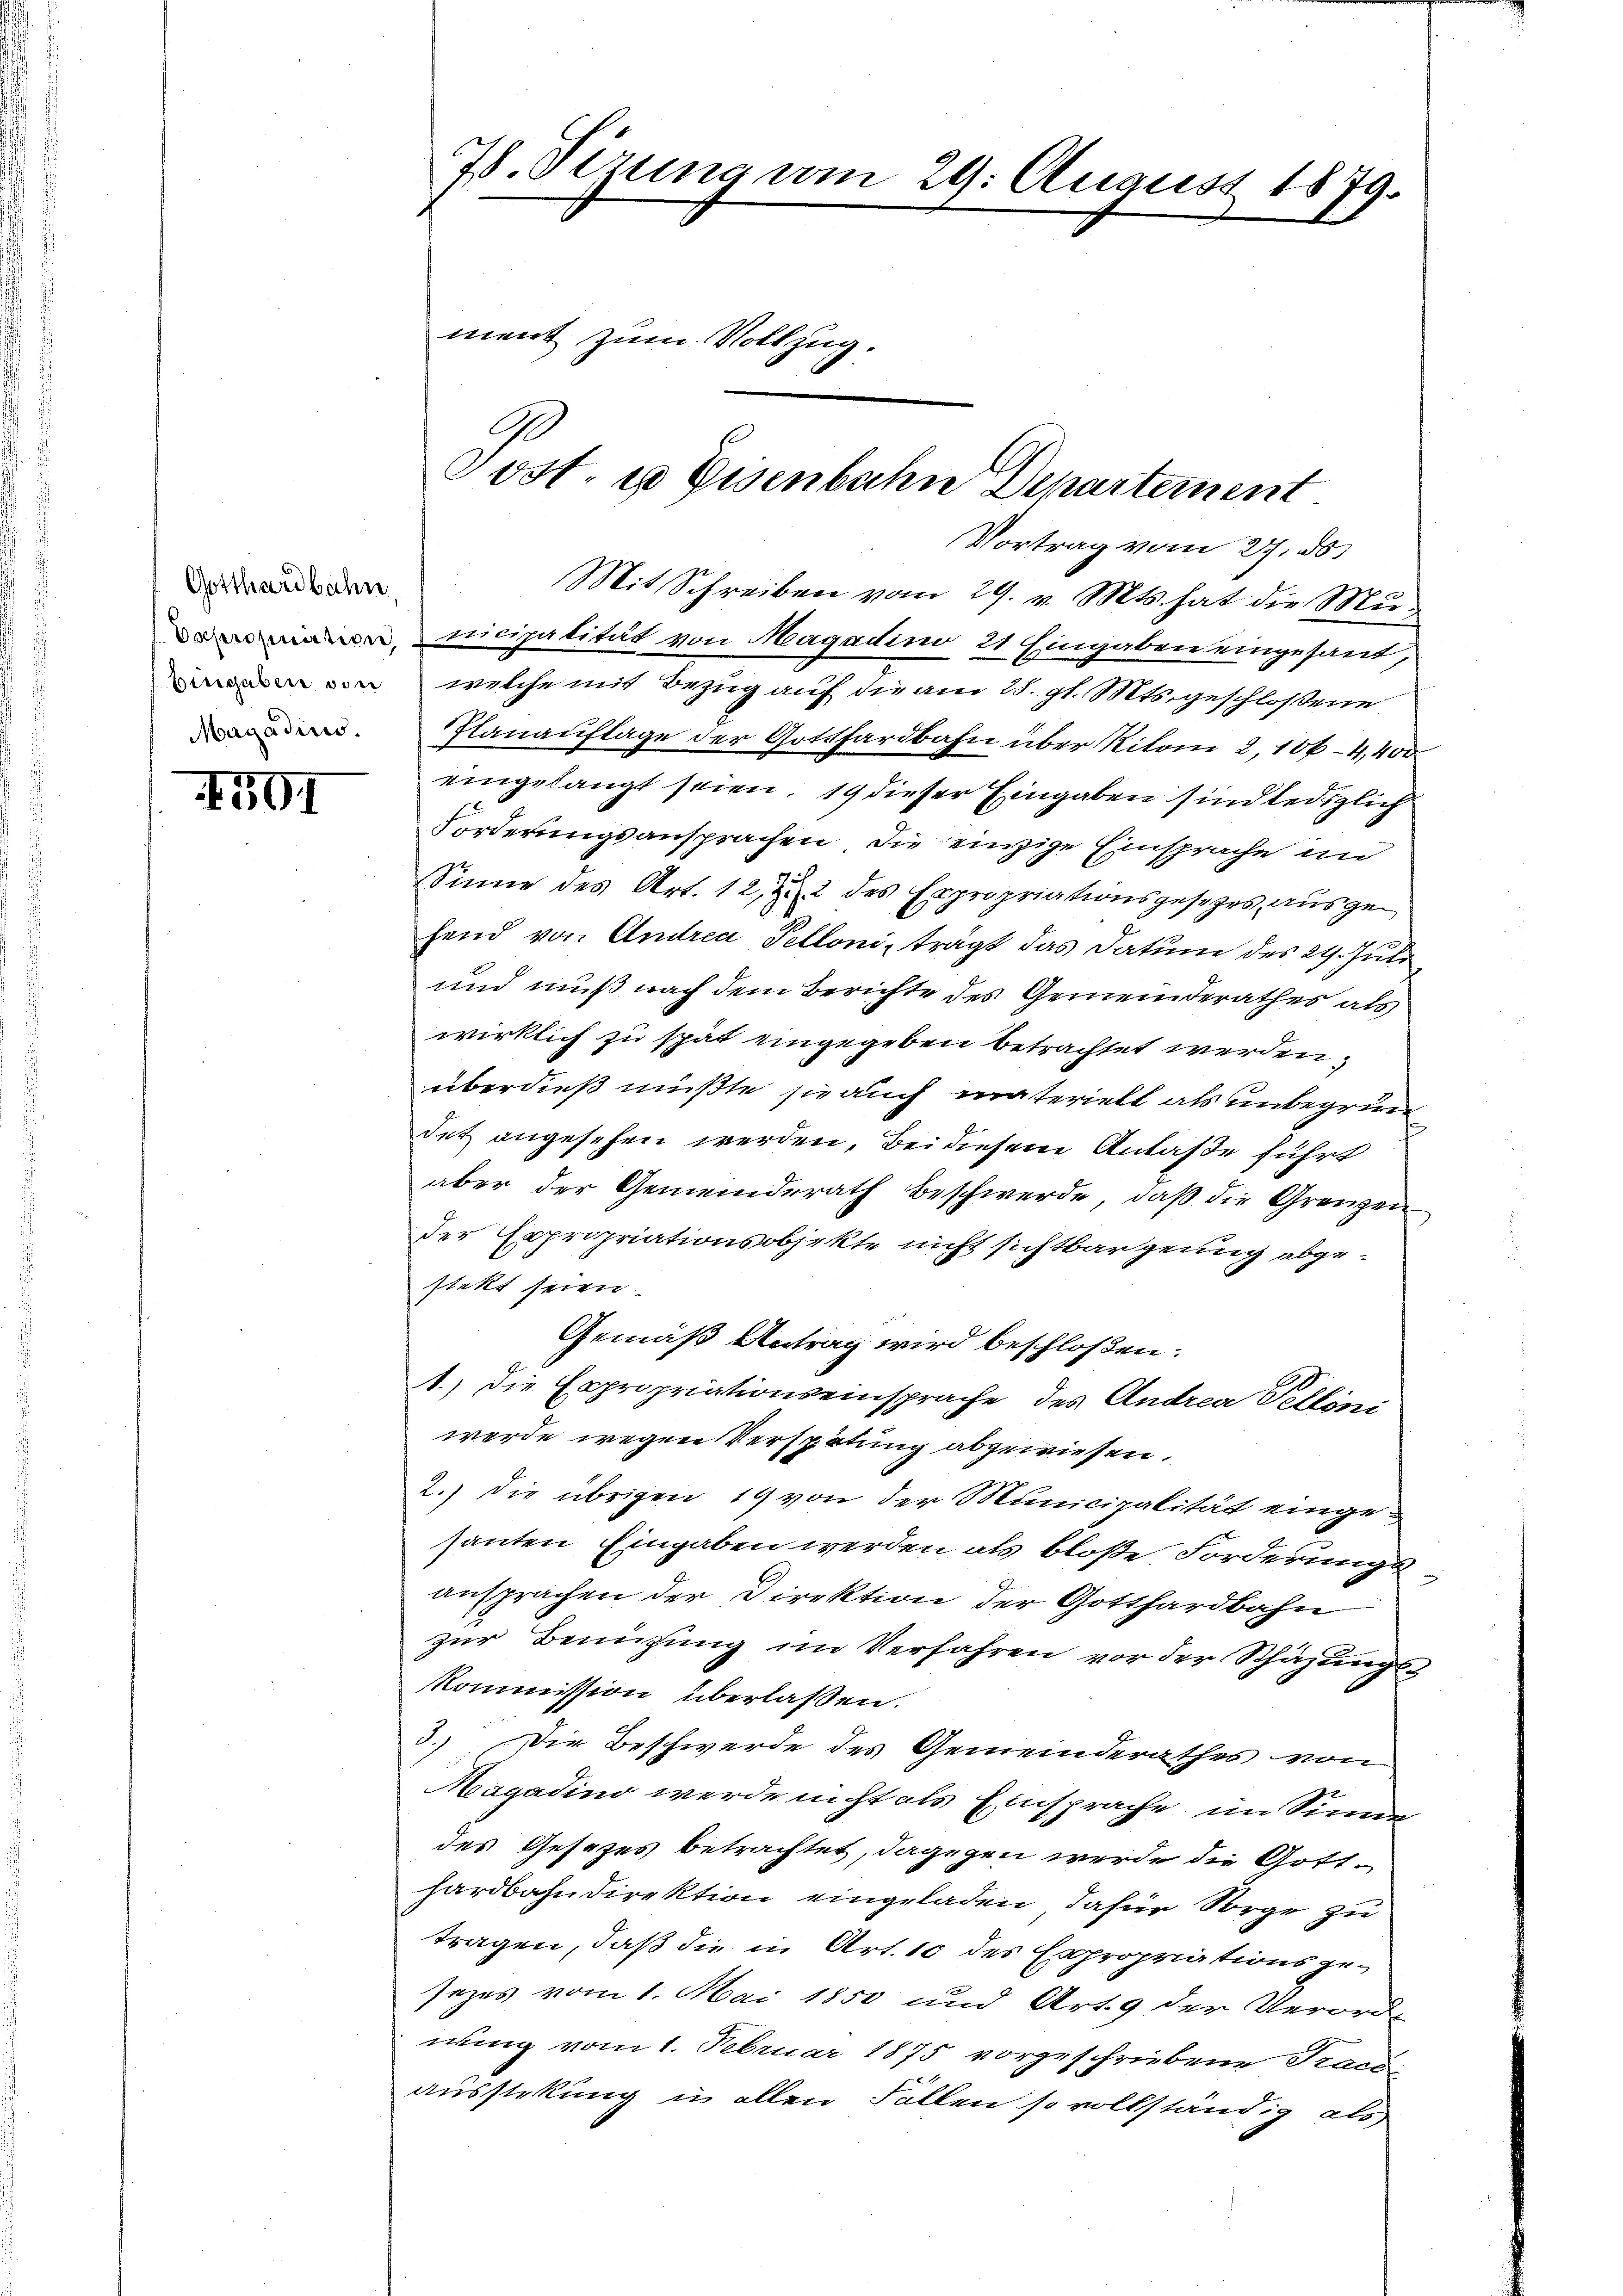
Gotthardbahn
Magadius.

4591

7. Sizung vom 29. August 1879.

ment zum Vollzug.

G
Post. u Eisenbahn Departement

Vortrag vom 27. ds.
Mit Schreiben vom 29. v. Mts. hat die Municipalität von Magadino, 21 Eingaben eingesant,
von welche mit Bezug auf die am 28. gl. Mts. geschloßene
Planauflage der Gotthardbahn über Rilome 2, 106 - 4,450
eingelangt seien, 19 dieser Eingaben sind lediglich
Forderungsansprachen, die einzige Einsprache im
Sinne des Art. 12, zu 2 des Expropriationsgesezes, ausgehend von Andrea Pelloni, trägt das Datum des 24. Juli
und muß nach dem Berichte des Gemeinderathes als
wirklich zu spät eingegeben betrachtet werden;
überdieß müßte sie auch materiell als unbegrün
det angesehen werden, bei diesem Antaße führt
aber der Gemeinderath Beschwerde, daß die Grenzen
der Expropriationsobjekte nicht sichtbargenug abgestekt seien.
Gemäß Antrag wird beschloßen:
A.) Die Expropriationseinsprache des Andrea Telloni
werde wegen Verspätung abgewiesen.
2.) Die übrigen 19 von der Municipalität eingesanten Eingaben werden als bloße Forderungsansprachen der Direktion der Gotthardbahn
zŭr Benützŭng im Verfahren vor der Schäzŭngs-
Kommission überlassen.
3.) Die Beschwerde des Gemeinderathes von
Magadino werde nicht als Einsprache im Sinne
des Gesezes betrachtet, dagegen werde die Gott-
hardbahndirektion eingeladen, dafür Sorge zu
tragen, daß die in Art. 10 des Expropriationsgesezes vom 1. Mai 1850 und Art. 9 der Verord-
nung vom 1. Februar 1875 vorgeschriebene Tracs-
ausstekung in allen Fallen so vollständig als